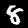
Digit: 8